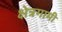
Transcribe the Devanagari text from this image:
क्षेत्रगामी